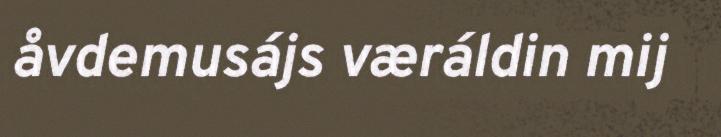
åvdemusájs væráldin mij